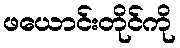
ဖယောင်းတိုင်ကို